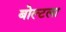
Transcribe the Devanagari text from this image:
बोल्टला